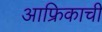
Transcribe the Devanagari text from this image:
आफ्रिकाची